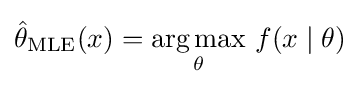
{\hat {\theta }}_{\mathrm {MLE} }(x)={\underset {\theta }{\operatorname {arg\,max} }}\ f(x\mid \theta )\!